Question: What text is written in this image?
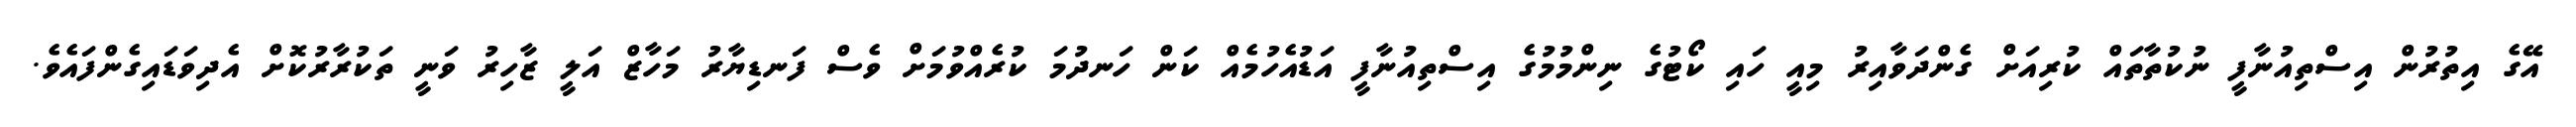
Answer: އޭގެ އިތުރުން އިސްތިއުނާފީ ނުކުތާތައް ކުރިއަށް ގެންދަވާއިރު މިއީ ހައި ކޯޓުގެ ނިންމުމުގެ އިސްތިއުނާފީ އަޑުއެހުމެއް ކަން ހަނދުމަ ކުރެއްވުމަށް ވެސް ފަނޑިޔާރު މަހާޒް އަލީ ޒާހިރު ވަނީ ތަކުރާރުކޮށް އެދިވަޑައިގެންފައެވެ.